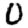
Digit: 0